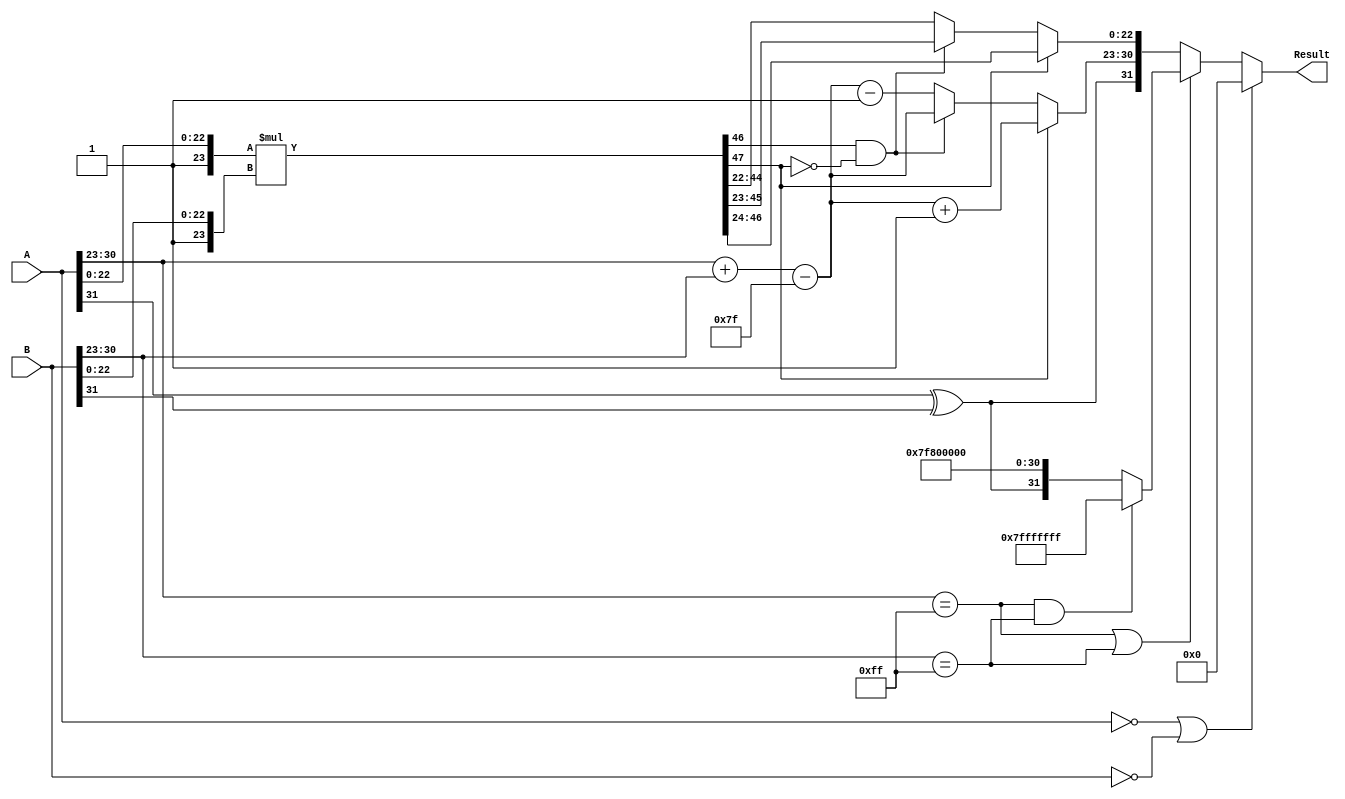
module float_mult (
    input [31:0] A, // Input A (32 bits)
    input [31:0] B, // Input B (32 bits)
    output reg [31:0] Result // Output Result (32 bits)
);

    // Constants
    parameter BIAS = 127;

    // Extract sign, exponent, and mantissa
    wire sign_A = A[31];
    wire sign_B = B[31];
    wire [7:0] exp_A = A[30:23];
    wire [7:0] exp_B = B[30:23];
    wire [22:0] mant_A = A[22:0];
    wire [22:0] mant_B = B[22:0];

    wire [23:0] M_A = {1'b1, mant_A}; // Normalized mantissa of A (with implicit leading 1)
    wire [23:0] M_B = {1'b1, mant_B}; // Normalized mantissa of B (with implicit leading 1)

    wire [47:0] M_result = M_A * M_B; // Multiply mantissas (24-bit * 24-bit -> 48-bit)

    // Sign Calculation
    wire sign_result = sign_A ^ sign_B;

    // Exponent Calculation
    wire [8:0] exp_result_temp = {1'b0, exp_A} + {1'b0, exp_B} - BIAS; // 9 bits to handle overflow
    wire [7:0] exp_result = exp_result_temp[7:0]; // 8 bits for the exponent

    // Mantissa Normalization
    reg [7:0] norm_exponent;
    reg [22:0] norm_mantissa;
    always @(*) begin
        if (M_result[47]) begin
            // If product is greater than or equal to 2
            norm_mantissa = M_result[46:24]; // Right shift mantissa
            norm_exponent = exp_result + 1; // Increase exponent
        end else if (M_result[46] && ~M_result[47]) begin
            // If product is between 1 and 2 (normalized)
            norm_mantissa = M_result[45:23]; 
            norm_exponent = exp_result;
        end else begin
            // If product is less than 1, normalize left
            norm_mantissa = M_result[44:22]; // Left shift mantissa
            norm_exponent = exp_result - 1; // Decrease exponent
        end
    end

    // Special Case Handling
    always @(*) begin
        if (A == 32'b0 || B == 32'b0) begin
            Result = 32'b0; // Zero multiplication
        end else if (A[30:23] == 8'hFF || B[30:23] == 8'hFF) begin
            if (A[30:23] == 8'hFF && B[30:23] == 8'hFF) begin
                Result = 32'h7FFFFFFF; // NaN result if both are NaN
            end else begin
                Result = {sign_result, 8'hFF, 23'b0}; // Infinity result
            end
        end else begin
            Result = {sign_result, norm_exponent, norm_mantissa}; // Normal case
        end
    end

endmodule